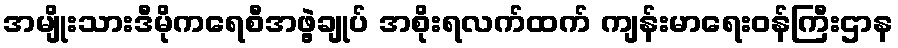
အမျိုးသားဒီမိုကရေစီအဖွဲ့ချုပ် အစိုးရလက်ထက် ကျန်းမာရေးဝန်ကြီးဌာန